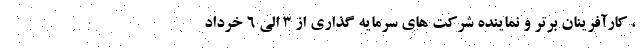
، کارآفرینان برتر و نماینده شرکت های سرمایه گذاری از ۳ الی ۶ خرداد